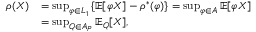
\begin{array} { r l } { \rho ( X ) } & { = \operatorname* { s u p } _ { \varphi \in L _ { 1 } } \ensuremath { \left\{ \operatorname { \mathbb { E } } [ \varphi X ] - \rho ^ { * } ( \varphi ) \right\} } = \operatorname* { s u p } _ { \varphi \in A } \operatorname { \mathbb { E } } [ \varphi X ] } \\ & { = \operatorname* { s u p } _ { Q \in A _ { P } } \operatorname { \mathbb { E } } _ { Q } [ X ] , } \end{array}